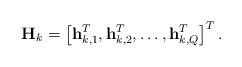
\begin{align*}\mathbf{H}_k = \left[\mathbf{h}_{k,1}^T, \mathbf{h}_{k,2}^T, \ldots , \mathbf{h}_{k,Q}^T \right]^T.\end{align*}